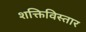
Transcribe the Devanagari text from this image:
शक्तिविस्तार